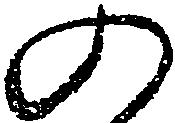
の